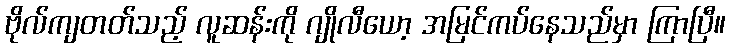
ဗိုလ်ကျတတ်သည့် လူဆန်းကို ဂျိုလီယော့ အမြင်ကပ်နေသည်မှာ ကြာပြီ။